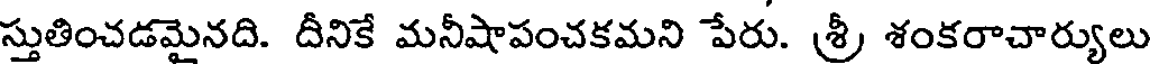
స్తుతించడమైనది. దీనికే మనీషాపంచకమని పేరు. శ్రీ శంకరాచార్యులు